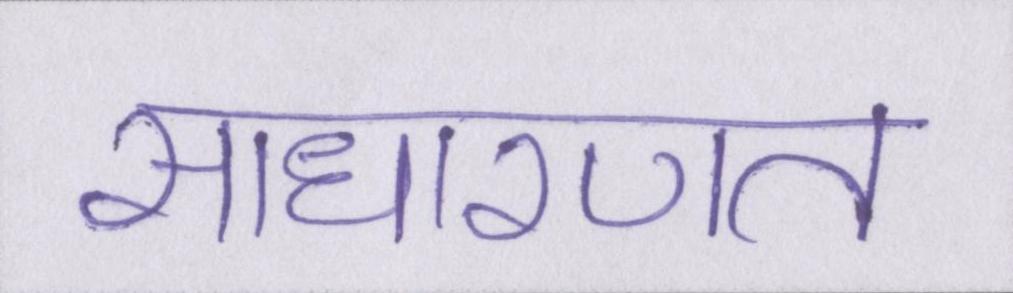
साधारणत